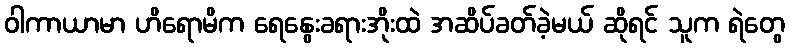
ဝါကာယာမာ ဟိရောမိက ရေနွေးခရားအိုးထဲ အဆိပ်ခတ်ခဲ့မယ် ဆိုရင် သူက ရဲတွေ